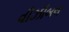
વીઝીબલ